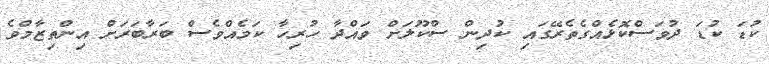
ކުޑަ ކުޑަ ދުވަސްކޮޅެއްގެތެރޭގައި ކުދިން ސްކޫލަށް ވައްދާ ހުރިހާ ކަމެއްވެސް ބަރާބަރަށް އިންތިޒާމްވެ